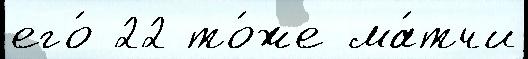
его́ 22 то́же ма́тчи